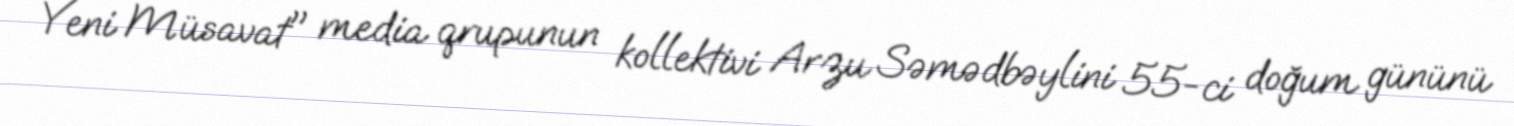
Yeni Müsavat" media qrupunun kollektivi Arzu Səmədbəylini 55-ci doğum gününü